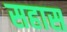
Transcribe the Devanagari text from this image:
सहास